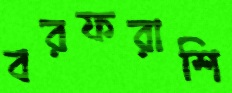
বরফরাশি